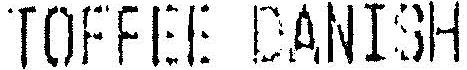
TOFFEE DANISH